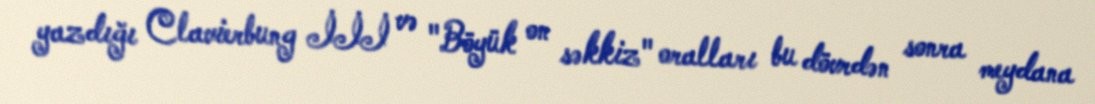
yazdığı Clavierbung İİİ və "Böyük on səkkiz" oralları bu dövrdən sonra meydana